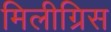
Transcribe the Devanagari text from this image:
मिलीग्रिस